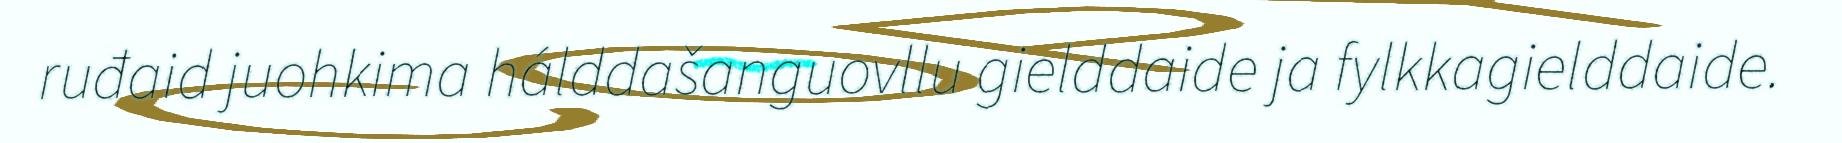
ruđaid juohkima hálddašanguovllu gielddaide ja fylkkagielddaide.